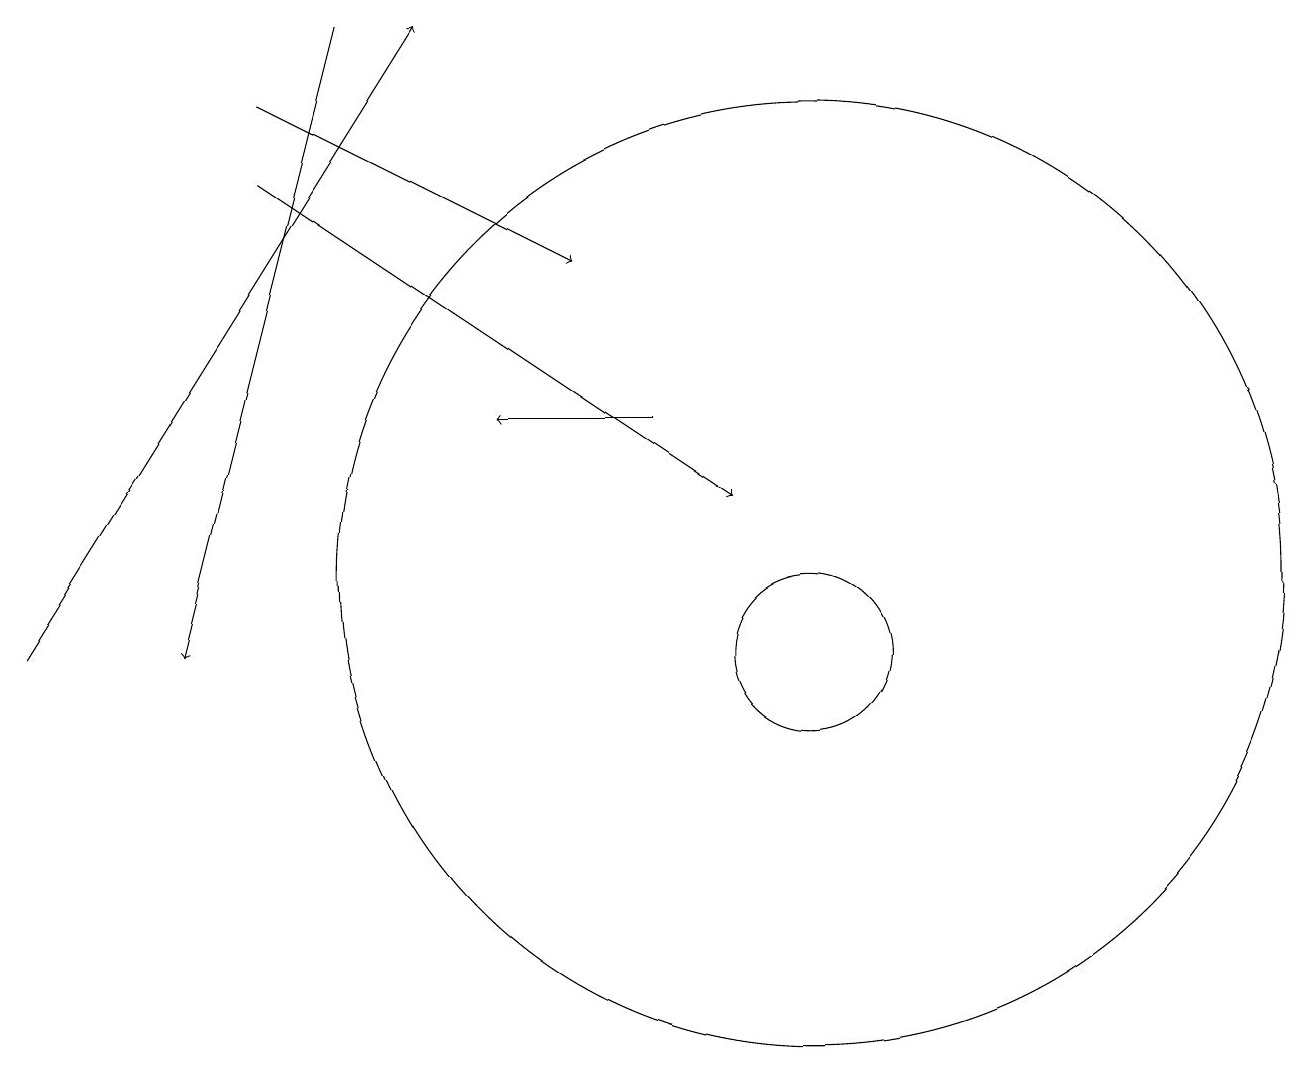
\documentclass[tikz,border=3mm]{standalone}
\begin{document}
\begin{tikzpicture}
\draw[->] (8,13) -- (6,13);
\draw[->] (3,16) -- (9,12);
\draw (11,11) circle (0);
\draw[->] (0,10) -- (5,18);
\draw[->] (3,17) -- (7,15);
\draw (10,11) circle (6);
\draw (10,10) circle (1);
\draw[->] (4,18) -- (2,10);
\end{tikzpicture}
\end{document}